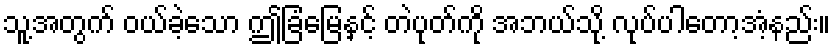
သူ့အတွက် ဝယ်ခဲ့သော ဤခြံမြေနှင့် တဲပုတ်ကို အဘယ်သို့ လုပ်ပါတော့အံ့နည်း။